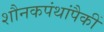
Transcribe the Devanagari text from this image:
शौनकपंथांपैकीं